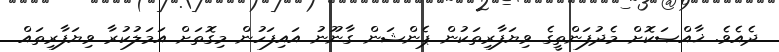
ދެއެވެ. ޚާއްޞަކޮށް މެދުފަންތީގެ ވިޔަފާރިތަކުން ޕެންޝަން ގާނޫނު އައިފަހުން މިގޮތަށް އަމަލުކުރާ ވިޔަފާރިތައް